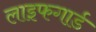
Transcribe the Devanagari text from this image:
लाइफगार्ड